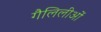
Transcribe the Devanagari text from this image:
गैलिलीओं